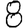
Digit: 8